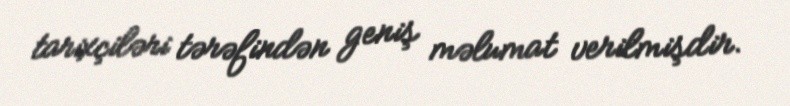
tarixçiləri tərəfindən geniş məlumat verilmişdir.